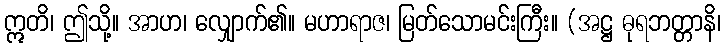
ဣတိ၊ ဤသို့။ အာဟ၊ လျှောက်၏။ မဟာရာဇ၊ မြတ်သောမင်းကြီး။ (အဋ္ဌ ဓုရဘတ္တာနိ၊